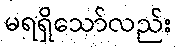
မရရှိသော်လည်း